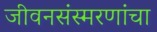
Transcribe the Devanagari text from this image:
जीवनसंस्मरणांचा